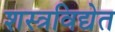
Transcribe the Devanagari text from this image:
शस्त्रविद्येत